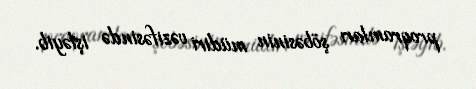
proqramları şöbəsinin müdiri vəzifəsində işləyib.